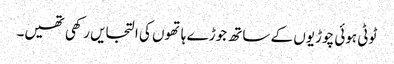
ٹوٹی ہوئی چوڑیوں کے ساتھ جوڑے ہاتھوں کی التجایں رکھی تھیں۔